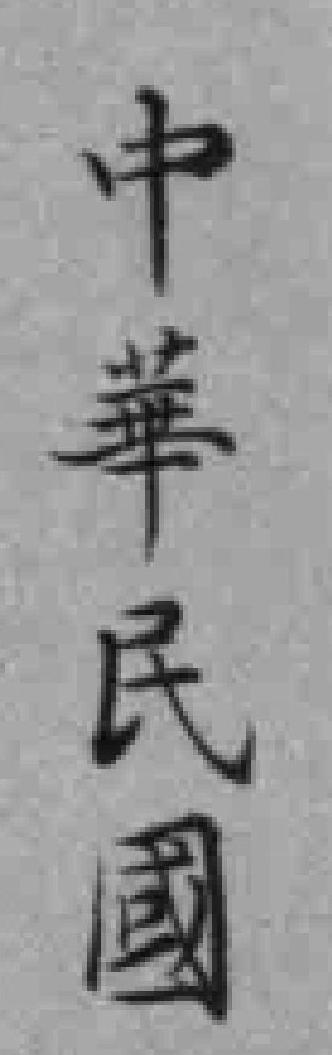
中華民國